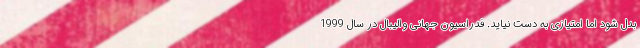
بدل شود اما امتیازی به دست نیاید. فدراسیون جهانی والیبال در سال 1999